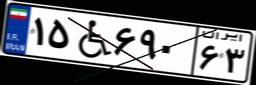
۱۵W۶۹۰۶۳